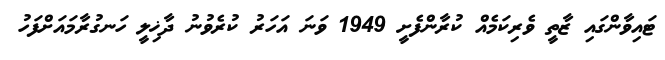
ޓައިވާންގައި ޒާތީ ވެރިކަމެއް ކުރާންފެށީ 1949 ވަނަ އަހަރު ކުރެވުނު ދާޚިލީ ހަނގުރާމައަށްފަހު